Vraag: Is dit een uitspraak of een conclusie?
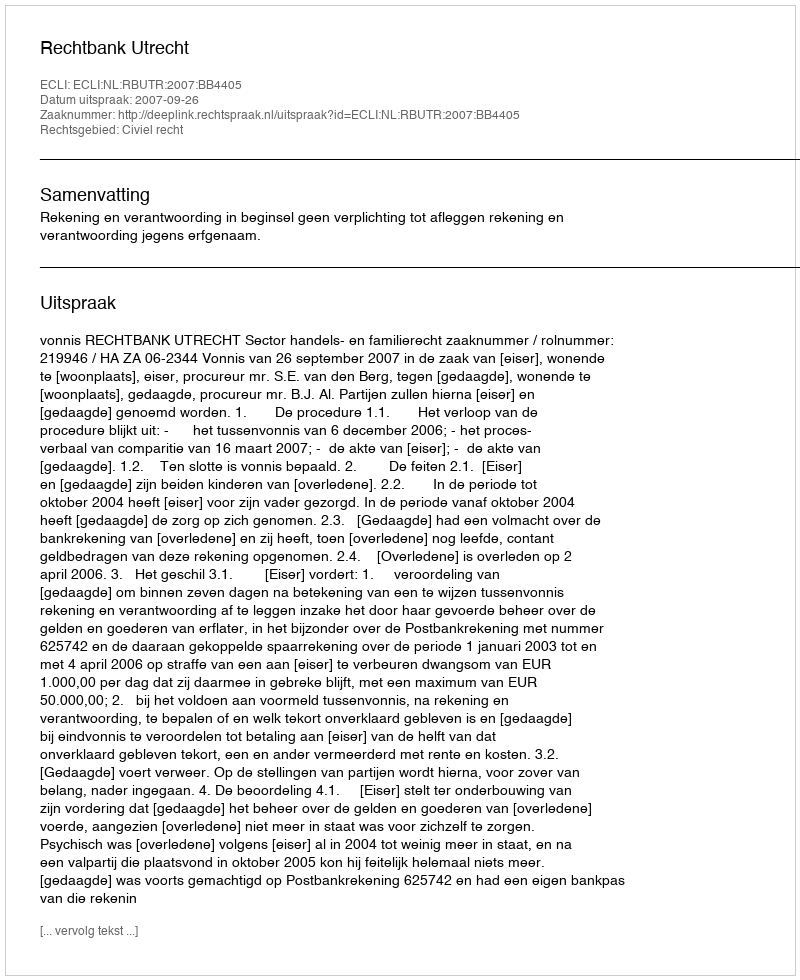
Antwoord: Uitspraak